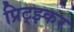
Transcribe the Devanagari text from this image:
प्रिट्झ्कर